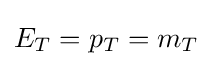
E_{T}=p_{T}=m_{T}